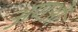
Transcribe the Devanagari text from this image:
अणओं